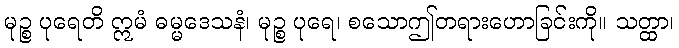
မုဉ္စ ပုရေတိ ဣမံ ဓမ္မဒေသနံ၊ မုဉ္စ ပုရေ၊ စသောဤတရားဟောခြင်းကို။ သတ္ထာ၊